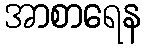
အာစာရေန